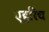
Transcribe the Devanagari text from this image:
एहरिच